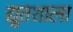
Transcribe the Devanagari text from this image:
द्यूतशाला